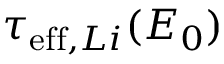
\tau _ { \mathrm { e f f } , L i } ( E _ { 0 } )